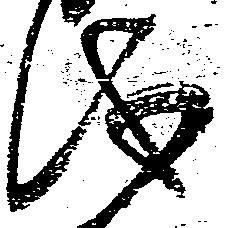
儀